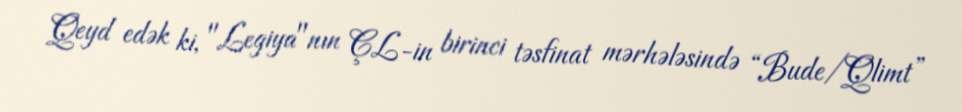
Qeyd edək ki, "Legiya"nın ÇL-in birinci təsfinat mərhələsində “Bude/Qlimt”